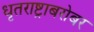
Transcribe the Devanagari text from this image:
धृतराष्ट्राबरोबर